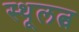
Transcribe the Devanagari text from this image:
स्थूलत्व